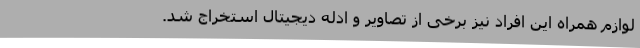
لوازم همراه این افراد نیز برخی از تصاویر و ادله دیجیتال استخراج شد.